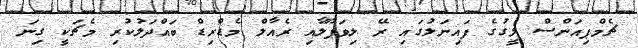
ޗެމްޕިއަންސް ލީގުގެ ފައިނަލުގައި ރޭ ލިވަޕޫލާއި ރެއާލް މެޑްރިޑް ބައްދަލުކުރި މެޗަކީ ގިނަ